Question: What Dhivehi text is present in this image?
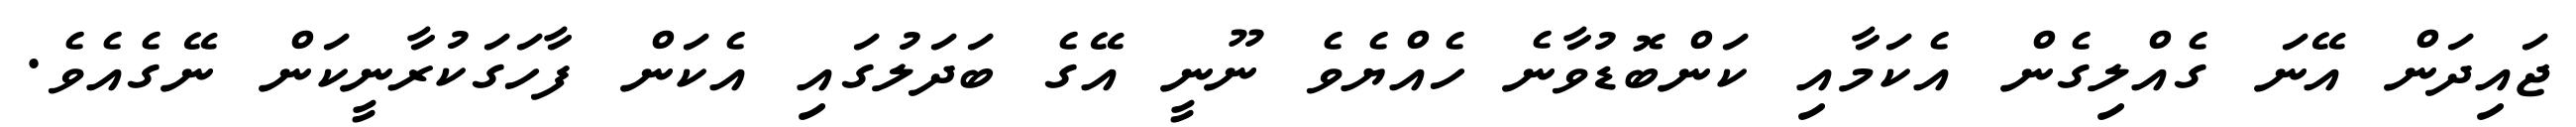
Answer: ޖައިދަން އޭނަ ގެއްލިގެން އެކަމާއި ކަންބޮޑުވާނެ ހެއްޔެވެ ނޫނީ އޭގެ ބަދަލުގައި އެކަން ފާހަގަކުރާނީކަން ނޭގެއެވެ.